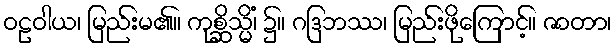
ဝဠဝါယ၊ မြည်းမ၏။ ကုစ္ဆိသ္မိံ၊ ၌။ ဂဒြဘဿ၊ မြည်းဖိုကြောင့်။ ဇာတာ၊